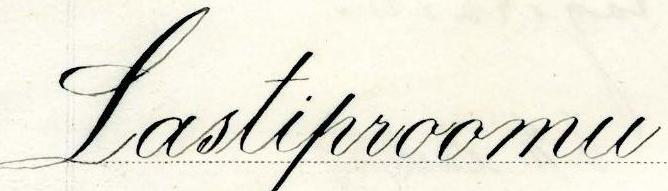
Lastiproomu